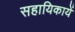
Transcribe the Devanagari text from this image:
सहायिकायें